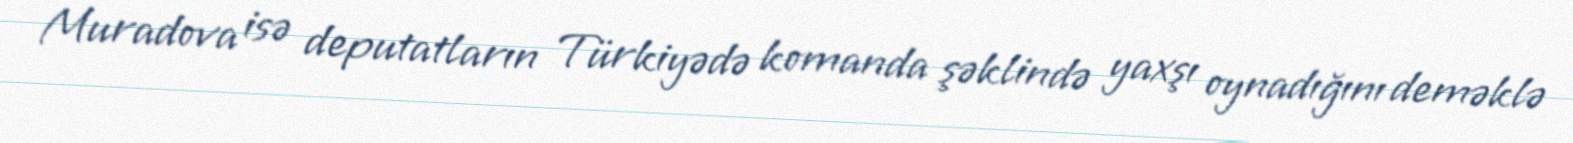
Muradova isə deputatların Türkiyədə komanda şəklində yaxşı oynadığını deməklə